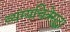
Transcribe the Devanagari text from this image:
व्यंग्यचित्रेसुद्धा